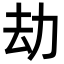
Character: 劫